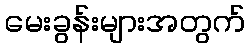
မေးခွန်းများအတွက်